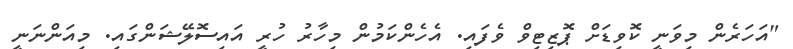
"އަހަރެން މިވަނީ ކޮވިޑަށް ޕޮޒިޓިވް ވެފައި. އެހެންކަމުން މިހާރު ހުރީ އައިސޮލޭޝަންގައި. މިއަންނަނީ